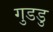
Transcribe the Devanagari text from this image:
गुडडु